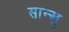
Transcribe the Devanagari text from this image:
सान्खु